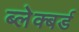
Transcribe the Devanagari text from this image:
ब्लेक्बर्ड